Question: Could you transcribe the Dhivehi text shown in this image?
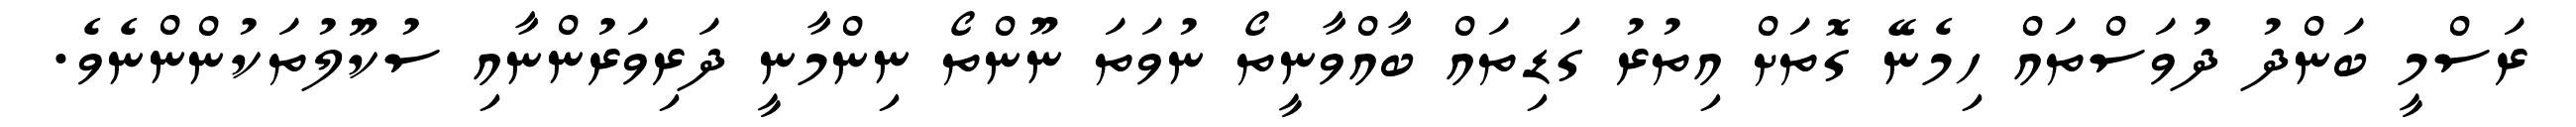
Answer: ރަސްމީ ބަންދު ދުވަސްތައް ހިމެނޭ ގޮތަށް އިތުރު ގަޑިތައް ބާއްވާނީތޯ ނުވަތަ ނޫންތޯ ނިންމާނީ ދަރިވަރުންނާއި ސުކޫލުތަކުންންނެވެ.